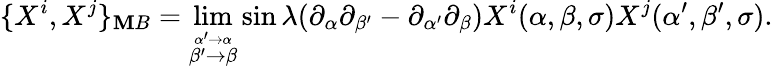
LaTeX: \{ X^{i},X^{j}\} _{\mathbf{M}B}=\operatorname*{lim}_{\stackrel{\alpha^{\prime}\to\alpha}{\beta^{\prime}\to\beta}}\sin\lambda(\partial_{\alpha}\partial_{\beta^{\prime}}-\partial_{\alpha^{\prime}}\partial_{\beta})X^{i}(\alpha,\beta,\sigma)X^{j}(\alpha^{\prime},\beta^{\prime},\sigma).